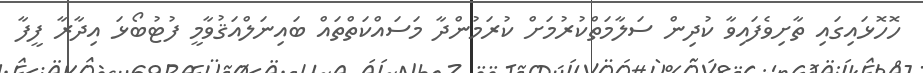
ހޮހޮޅައިގައި ތާށިވެފައިވާ ކުދިން ސަލާމަތްކުރުމަށް ކުރަމުންދާ މަސައްކަތްތައް ބައިނަލްއަޤުވާމީ ފުޓުބޯޅަ އިދާރާ ފީފާ